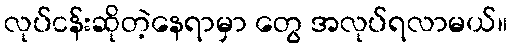
လုပ်ငန်းဆိုတဲ့နေရာမှာ တွေ အလုပ်ရလာမယ်။